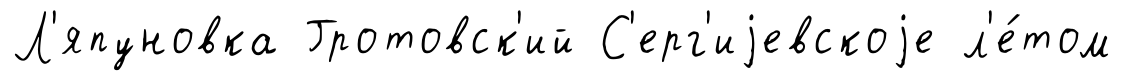
Л'япуновка Гротовск'ий С'ерг'иjевскоjе л'е́том